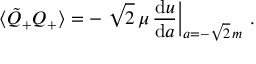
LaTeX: \langle \tilde { Q } _ { + } Q _ { + } \rangle = - \left. \sqrt { 2 } \, \mu \, \frac { \mathrm { d } u } { \mathrm { d } a } \right| _ { a = - \sqrt { 2 } \, m } \, .